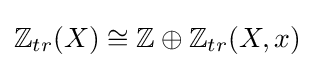
\mathbb {Z} _{tr}(X)\cong \mathbb {Z} \oplus \mathbb {Z} _{tr}(X,x)